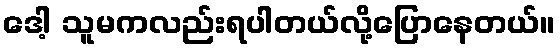
ဒေါ့ သူမကလည်းရပါတယ်လို့ပြောနေတယ်။